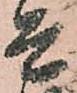
是